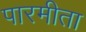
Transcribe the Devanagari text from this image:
पारमीता